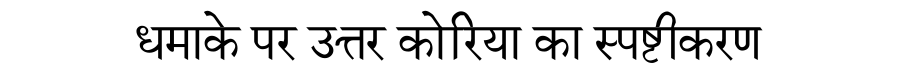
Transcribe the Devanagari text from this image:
धमाके पर उत्तर कोरिया का स्पष्टीकरण